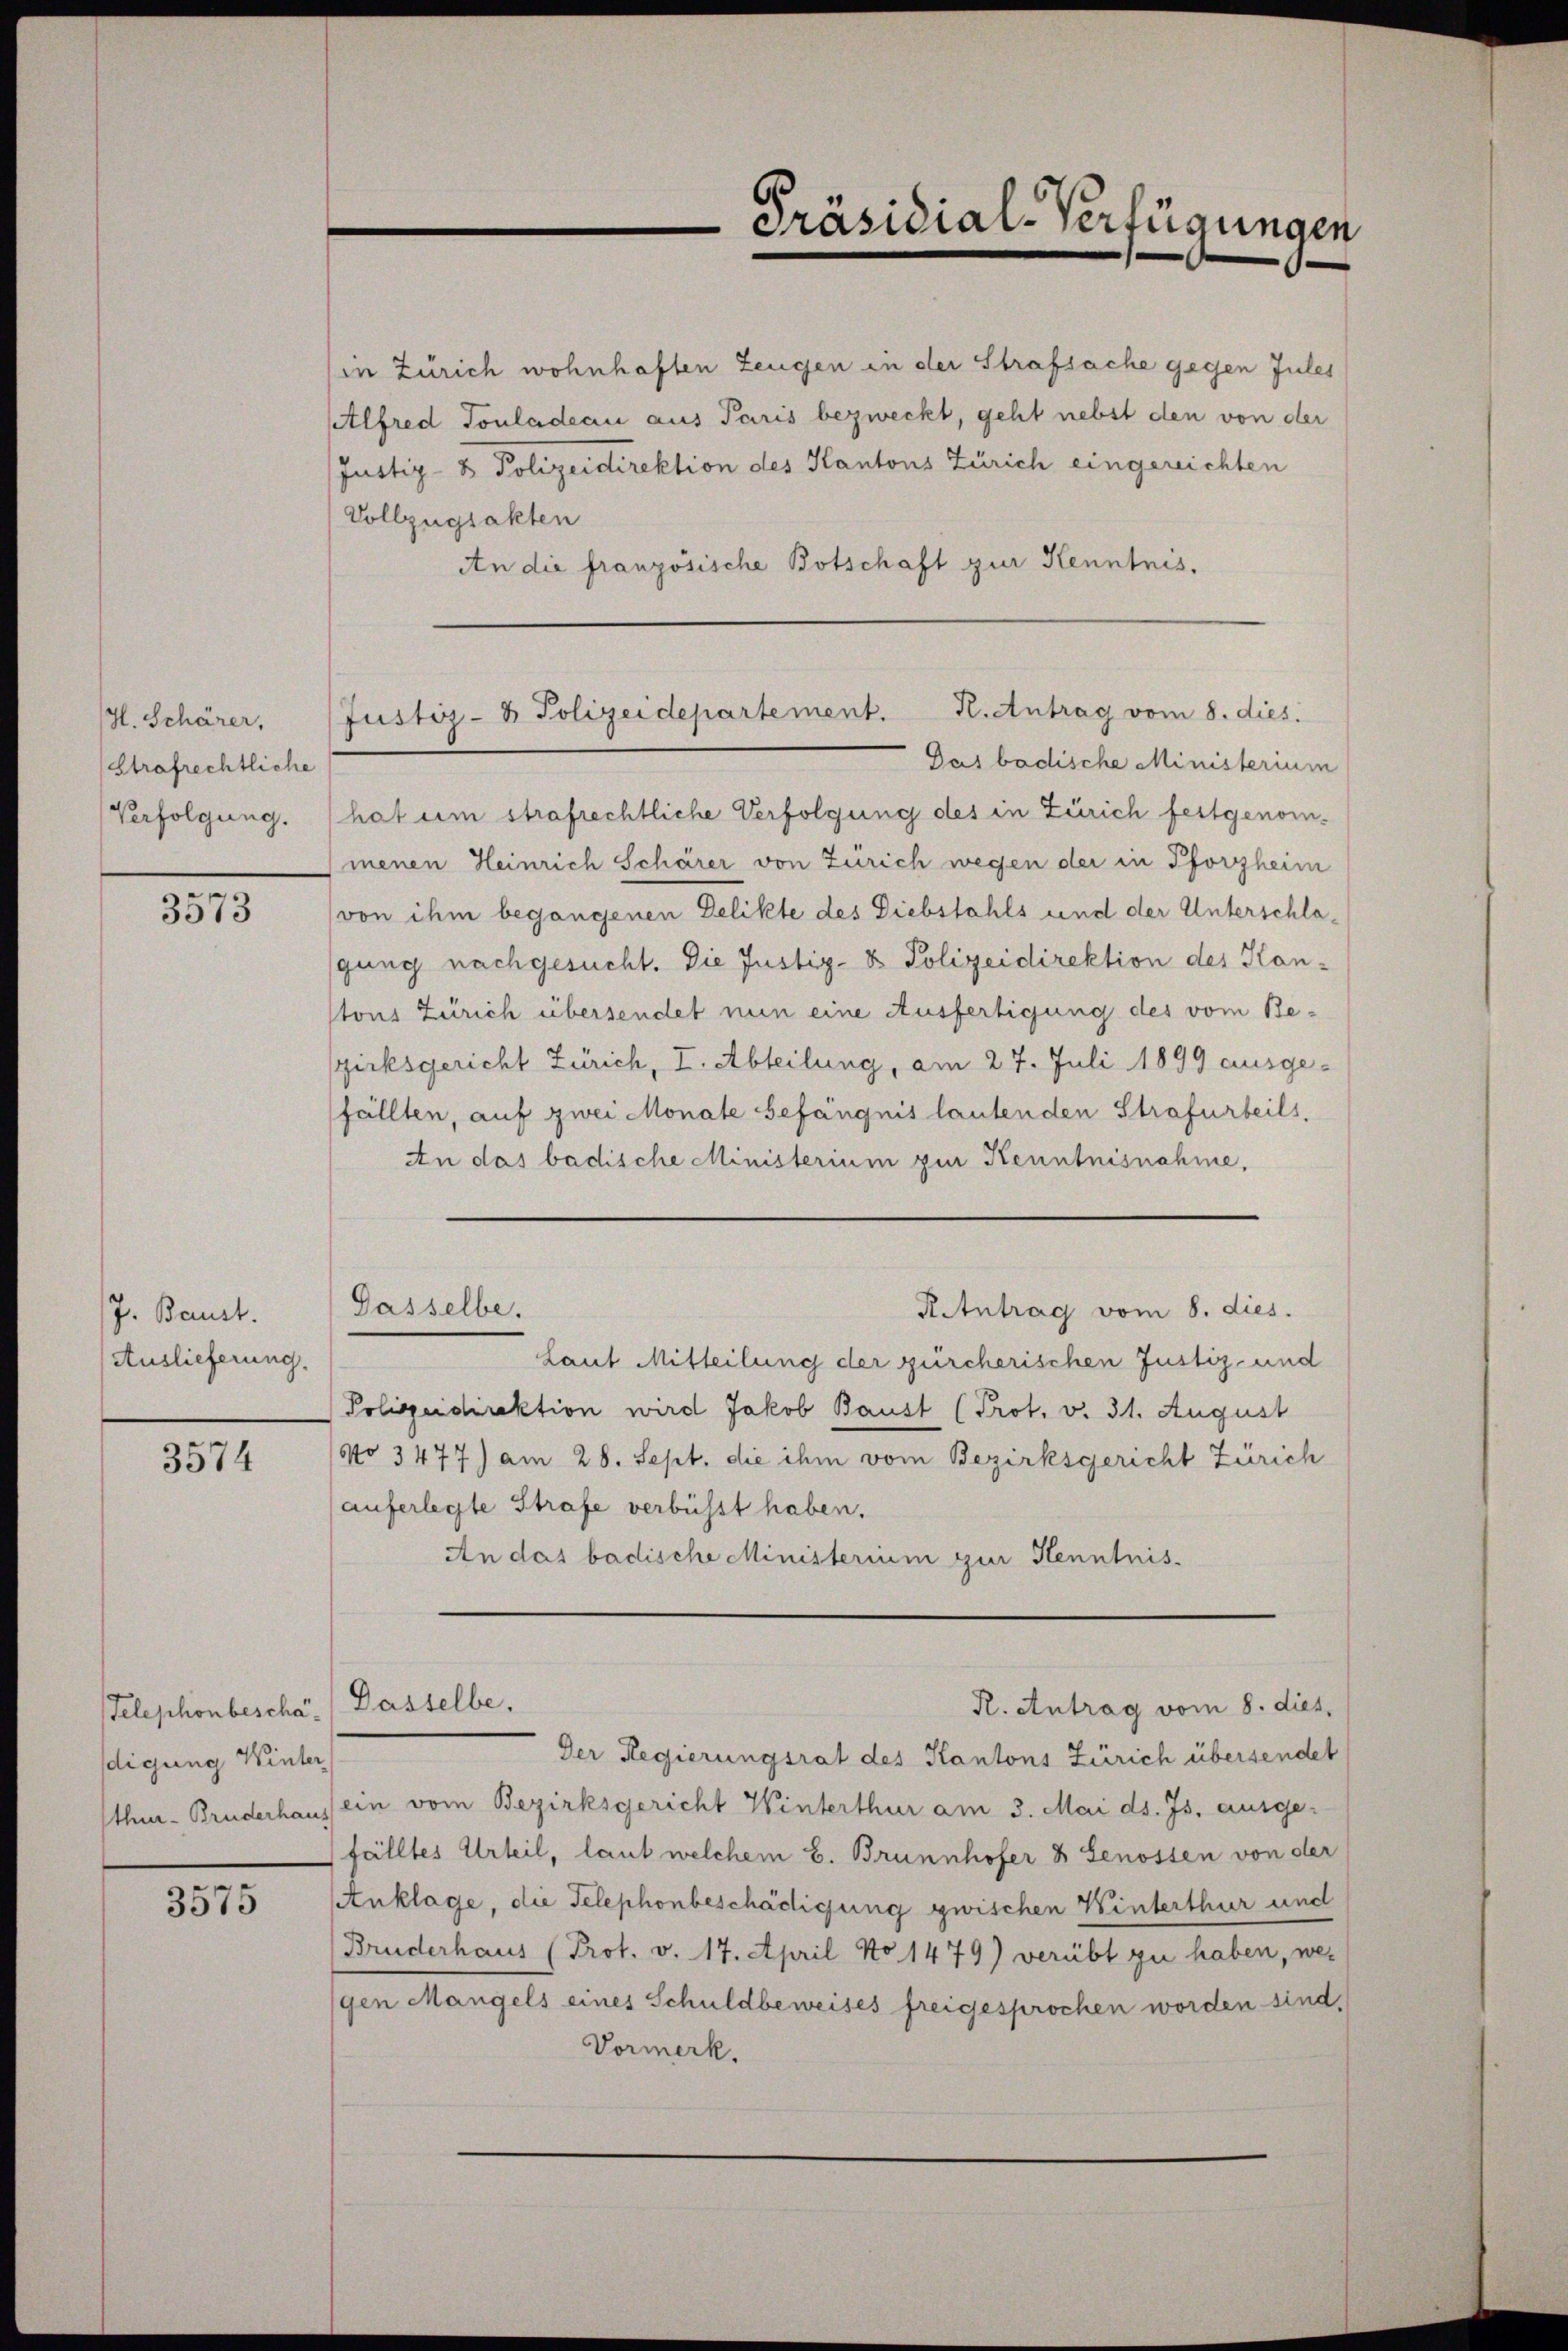
H. Schärer,
(Strafrechtliche
Verfolgung.

3573

J. Baust.
Auslieferung.

3574

Telephonbescha.) Dasselbe.
digung Winter
thur - Bruderhaus

3575

in Zürich wohnhaften Zeugen in der Strafsache gegen Jules
Alfred Touladeau aus Paris bezweckt, geht nebst den von der
Justiz- & Polizeidirektion des Kantons Zürich eingereichten
Vollzugsakten
An die französische Botschaft zur Kenntnis.

-Präsidial-Verfügungen

Justiz- & Polizeidepartement. K. Antrag vom 8. dies.

Dasselbe.

Das badische Ministerium
hat um strafrechtliche Verfolgung des in Zürich festgenommenen Heinrich Schärer von Zürich wegen der in Pforzheim
von ihm begangenen Delikte des Diebstahls und der Unterschlagung nachgesucht. Die Justiz- & Polizeidirektion des Kantons Zürich übersendet nun eine Ausfertigung des vom Bezirksgericht Zürich, I. Abteilung, am 27. Juli 1899 ausgefällten, auf zwei Monate Gefängnis lautenden Strafurteils,
An das badische Ministerium zur Kenntnisnahme,
Laut Mitteilung der zürcherischen Justiz- und
Polizeidirektion wird Jakob Baust (Prot. v. 31. August
No 3477) am 28. Sept. die ihm vom Bezirksgericht Zürich
auferlegte Strafe verbüsst haben.
An das badische Ministerium zur Kenntnis-
R. Antrag vom 8. dies
Der Regierungsrat des Kantons Zürich übersendet
ein vom Bezirksgericht Winterthur am 3. Mai d. Js. ausge-
fälltes Urteil, laut welchem L. Brunnhofer 3 Genossen von der
Anklage, die Telephonbeschädigung zwischen Winterthur und
Bruderhaus (Prot. v. 17. April No 1479) verübt zu haben, wegen Mangels eines Schuldbeweises freigesprochen worden sind.
Vormerk.

R Antrag vom 8. dies.